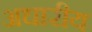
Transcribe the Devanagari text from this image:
अधारीय